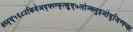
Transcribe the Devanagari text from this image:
क्ष्ग्र्द्य्५६८उकिवेअद्फ्स्ग्फ्त्स्र्रुय्७लोज्क्लुइओयुजिग्फ्च्क्ष